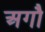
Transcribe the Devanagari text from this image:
अगौ